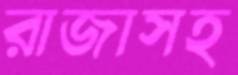
রাজাসহ